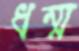
ধম্ম